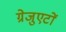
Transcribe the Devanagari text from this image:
ग्रेजुएटों